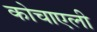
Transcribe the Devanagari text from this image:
कोचाएली